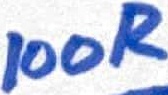
Text: 100R